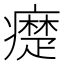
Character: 𤻇